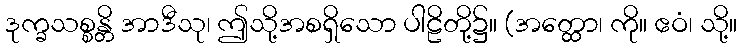
ဒုက္ခသစ္စန္တိ အာဒီသု၊ ဤသို့အစရှိသော ပါဠိတို့၌။ (အတ္ထော၊ ကို။ ဧဝံ၊ သို့။